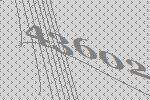
43602